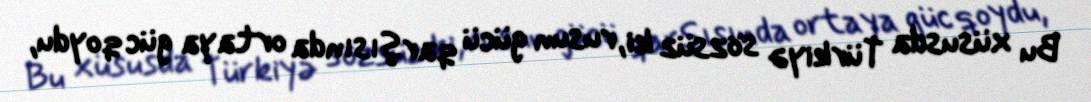
Bu xüsusda Türkiyə sözsüz ki, rusun gücü qarşısında ortaya güc qoydu,